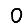
Digit: 0